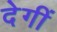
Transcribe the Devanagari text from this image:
देगीं